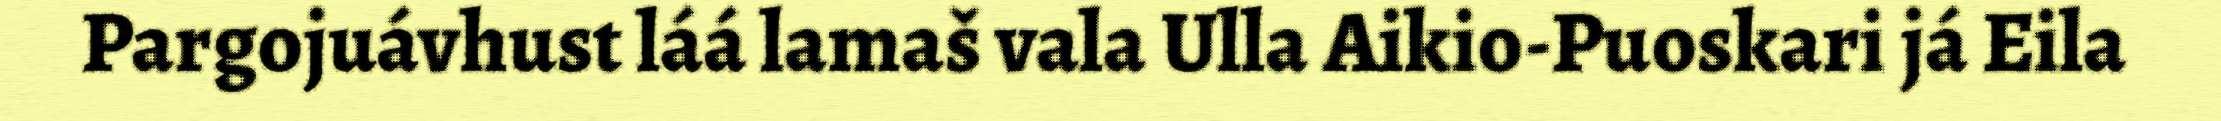
Pargojuávhust láá lamaš vala Ulla Aikio-Puoskari já Eila